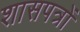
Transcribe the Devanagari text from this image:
शासपत्रों